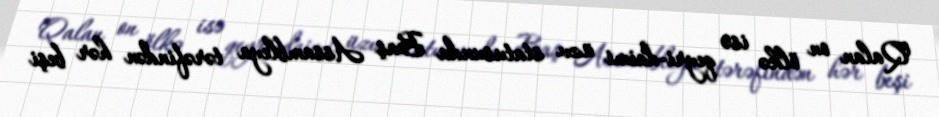
Qalan on ölkə isə qeyri-daimi üzv statusunda Baş Assambleya tərəfindən hər beşi